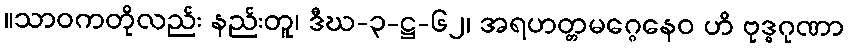
။သာဝကတိုလည်း နည်းတူ၊ ဒီဃ-၃-ဋ္ဌ-၆၂၊ အရဟတ္တမဂ္ဂေနေဝ ဟိ ဗုဒ္ဓဂုဏာ